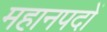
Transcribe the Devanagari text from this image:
महानपदों